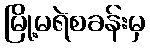
မြို့မရဲစခန်းမှ